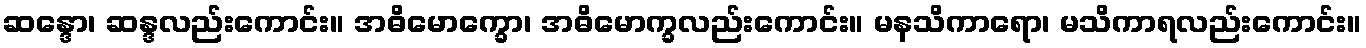
ဆန္ဒော၊ ဆန္ဒလည်းကောင်း။ အဓိမောက္ခော၊ အဓိမောက္ခလည်းကောင်း။ မနသိကာရော၊ မသိကာရလည်းကောင်း။